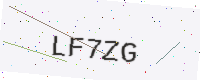
Text: LF7ZG